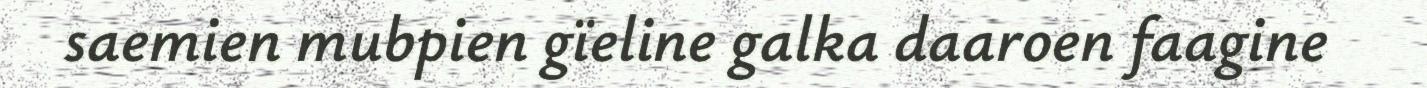
saemien mubpien gïeline galka daaroen faagine